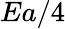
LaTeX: Ea/4